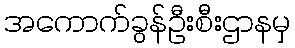
အကောက်ခွန်ဦးစီးဌာနမှ